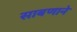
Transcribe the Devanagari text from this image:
साबणाने